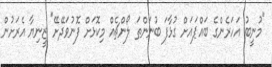
"މުނީބު އަހަރެންގެ ބައްޕައަށް ގުޅާފަ ބުނަންތަ ލޯންޗެއް މިކޮޅަށް ފޮނުވަދޭށޭ" ޒީނިޔާ އެރަށުން